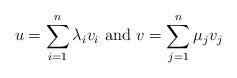
LaTeX: \begin{align*}u = \sum_{i=1}^n \lambda_i v_i \textrm{ and } v = \sum_{j=1}^n \mu_j v_j\end{align*}